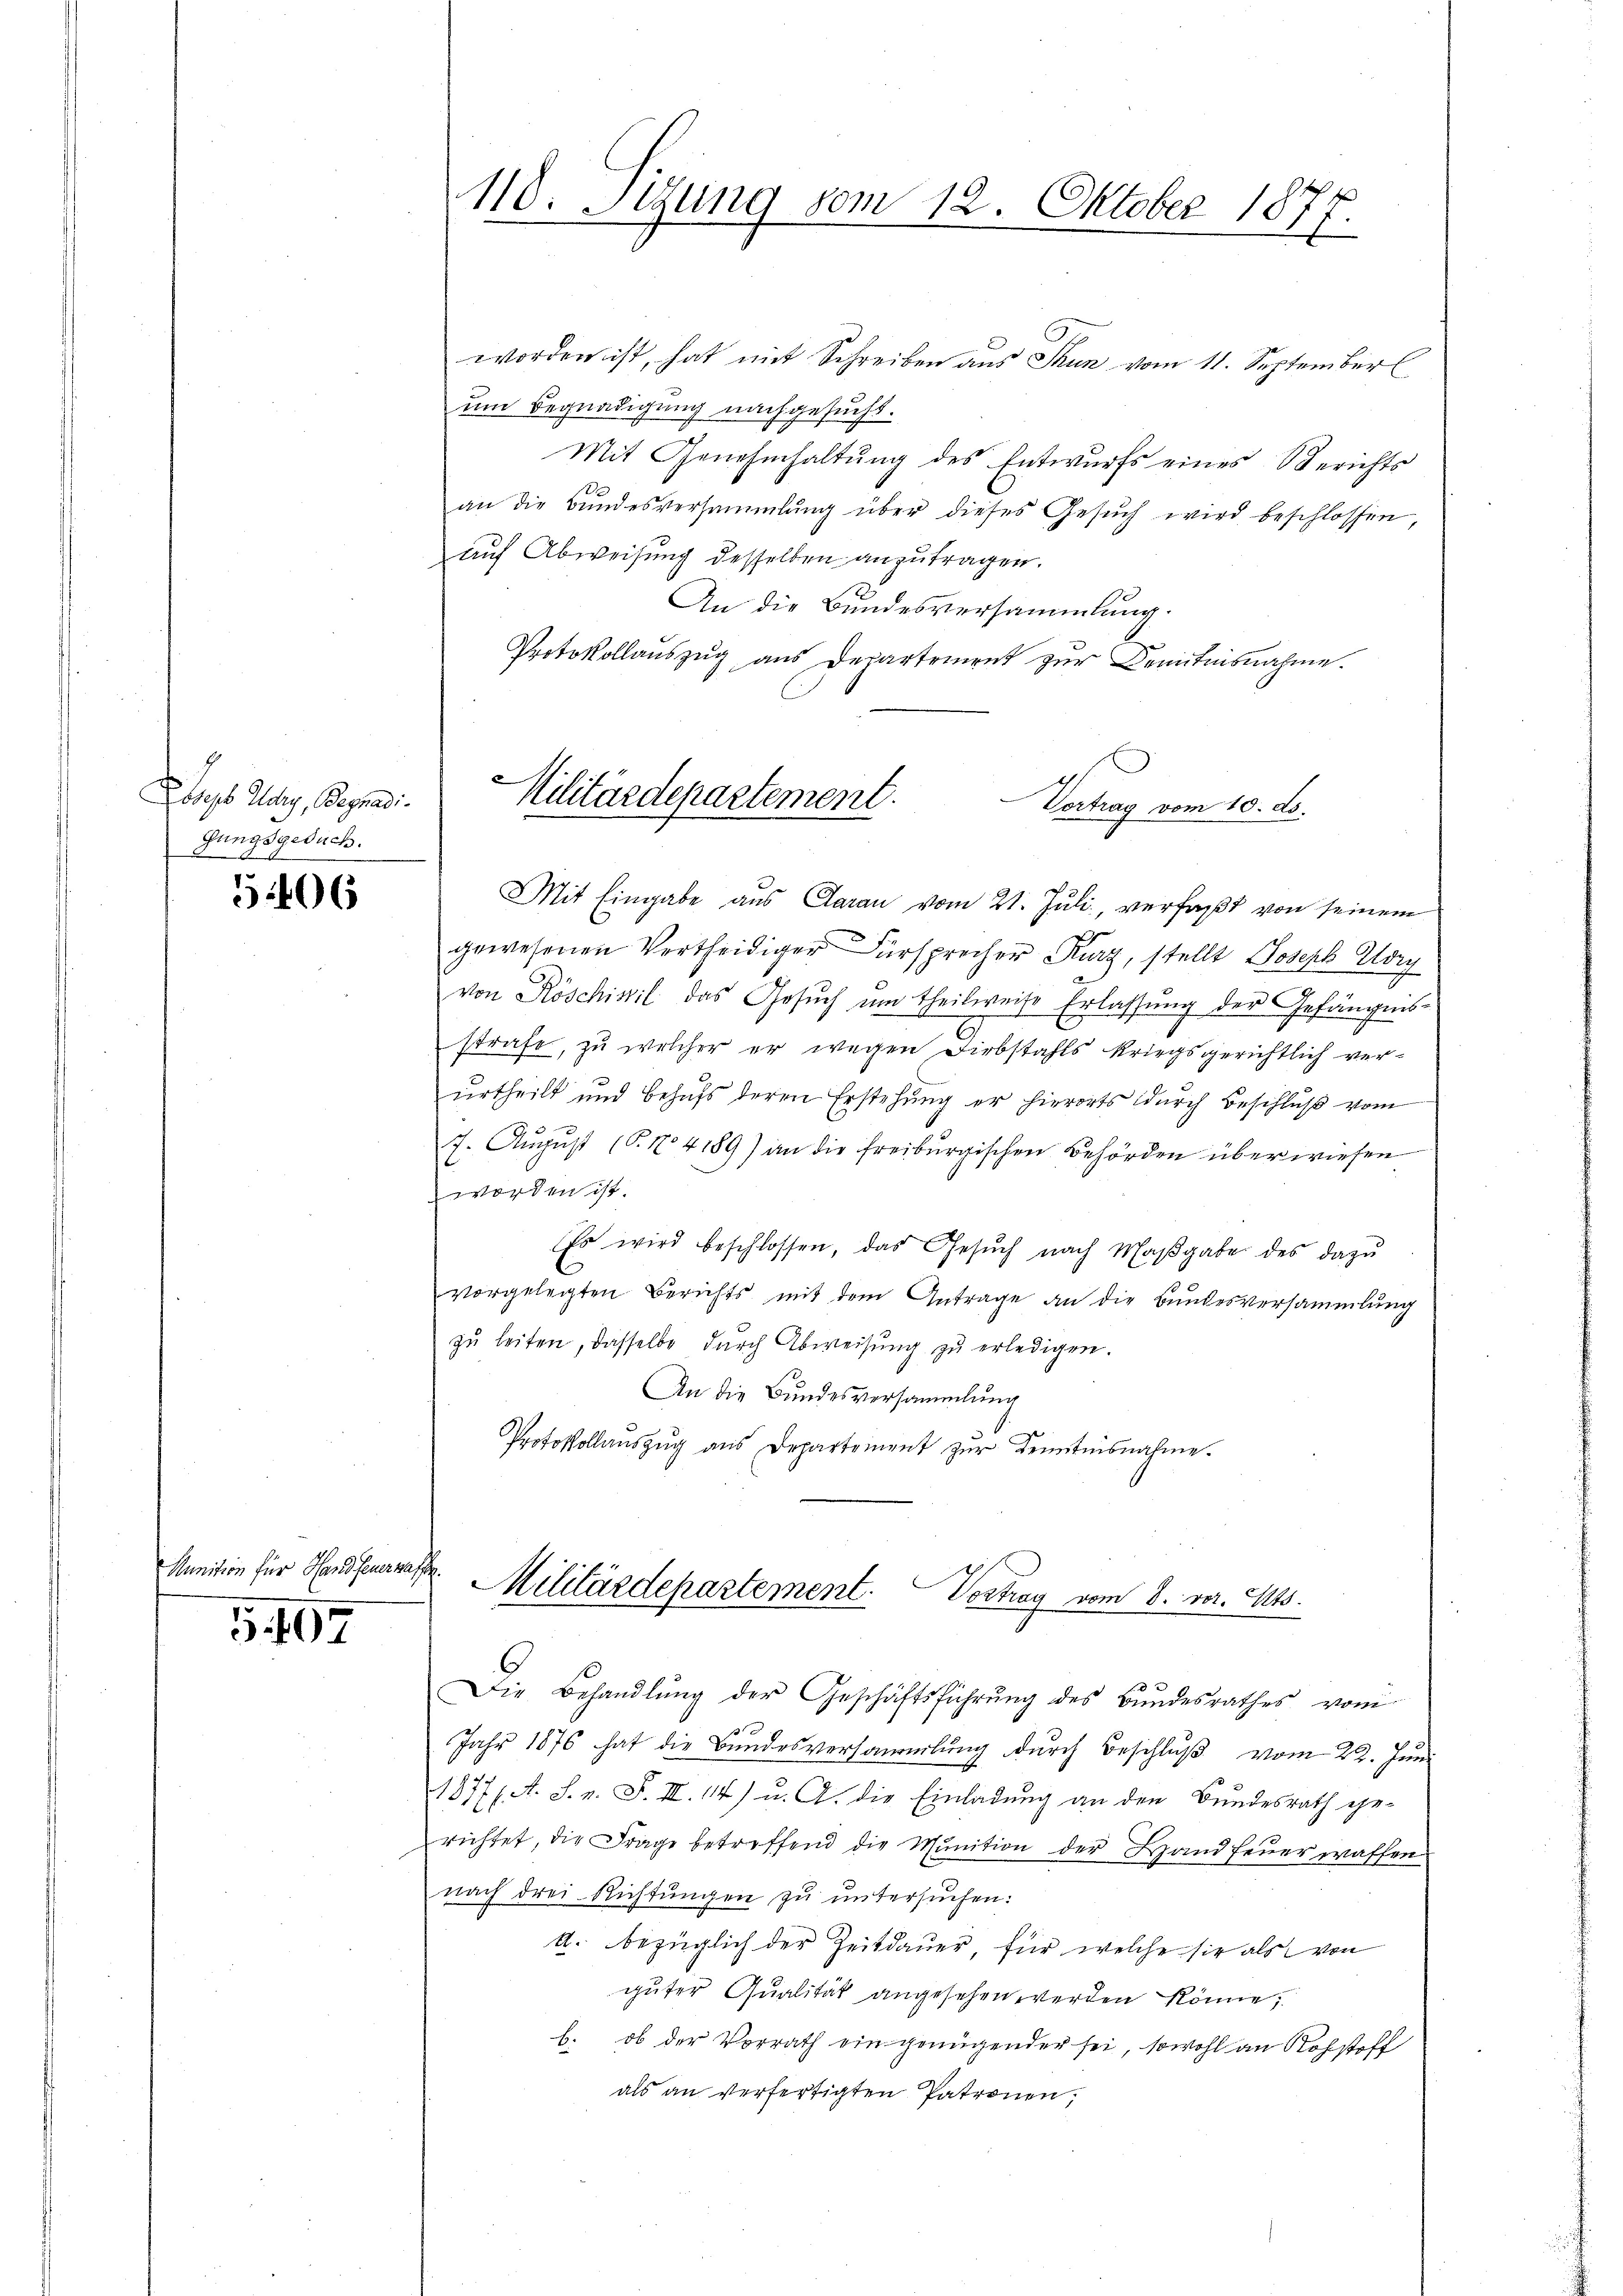
Joseph Schy, Begnadi
fungsgesuch.

506

Munition für Hand feuerzaffe

5. 107

110. Segung vom 12. Oktober 1877.

worden ist, hat mit Schreiben aus Thun vom 11. September
um Begnadigung nachgesucht.
Mit Genehmhaltŭng des Entwurfs eines Berichts
.
an die Bundesversammlung über dieses Gesuch wird beschlossen,
auf Abweisung desselben anzutragen.
An die Bundesversammlung.
Protokollauszug aus Departement zur Kenntnisnahme.

¬
Militärdepartement.
Vertrag vom 10. ds.

Mit Eingabe aus Daran vom 21. Juli verfaßt von seinem
gewesenen Vertheidiger Fürsprecher Kurz, stellt Joseph Kory
von Röschivil das Gesuch um theilweise Erlassung der Gefängnis-
strafe, zu welcher er wegen Diebstahls kriegsgerichtlich verŭrtheilt und behŭfs deren Erstehung er hierorts dŭrch Beschlŭβ vom
7. August (T. No 4189) an die freiburgischen Behörden überwiesen
worden ist.
Es wird beschlossen, das Gesŭch nach Maβgabe des dazu
E
vorgelegten Berichts mit dem Antrage an die Bundesversammlung
zu leiten, dasselbe durch Abweisung zu erledigen.
An die Bundesversammlung
Protokollaŭszŭg aŭs Departement zŭr Kenntnisnahme.

Militärdepartement. Vortrag vom 8. vor. 1145.

Die Behandlung der Geschäftsführung des Bundesrathes vom
f
Jahr 1876 hat die Bundesversammlung durch Beschluß vom 22. Juni
1377 f. A. S. n. F. II. 114) u. A. die Einladung an den Bundesrath ehe-
richtet, die Frage betreffend die Munition der Hand feuer waffen
nach drei Richtungen zu untersuchen:
A. bezüglich der Zeitdauer, für welche sie als von
guter Qualität angesehen werden könne,
b. ob der Vorrath ein genügender sei, sowohl an Rohstoff
als an verfertigten Patronen,